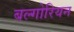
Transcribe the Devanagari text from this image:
बल्गोरियन